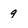
Character: 9